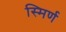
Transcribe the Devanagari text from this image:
स्मिर्ण